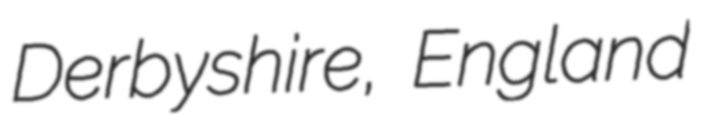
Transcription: Derbyshire, England